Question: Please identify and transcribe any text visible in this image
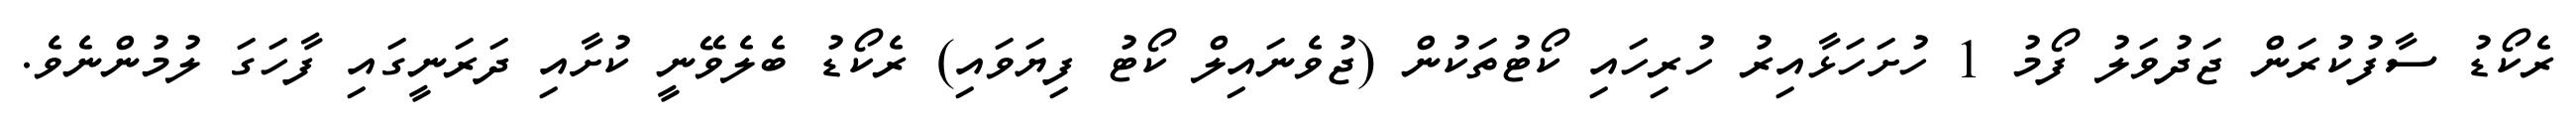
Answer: ރެކޯޑު ސާފުކުރަން ޖަދުވަލު ފޯމު 1 ހުށަހަޅާއިރު ހުރިހައި ކޯޓުތަކުން (ޖުވެނައިލް ކޯޓު ފިޔަވައި) ރެކޯޑު ބެލެވޭނީ ކުށާއި ދަރަނީގައި ފާހަގަ ލުމުންނެވެ.